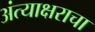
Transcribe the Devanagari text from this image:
अंत्याक्षराचा